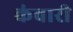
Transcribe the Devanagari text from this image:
कंवारी